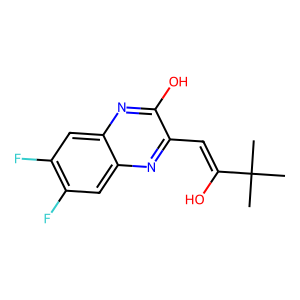
SMILES: CC(C)(C)C(O)=Cc1nc2cc(F)c(F)cc2nc1O
Inhibits HIV replication: No